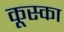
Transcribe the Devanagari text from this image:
कूस्का